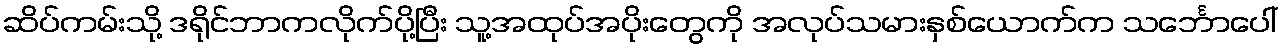
ဆိပ်ကမ်းသို့ ဒရိုင်ဘာကလိုက်ပို့ပြီး သူ့အထုပ်အပိုးတွေကို အလုပ်သမားနှစ်ယောက်က သင်္ဘောပေါ်